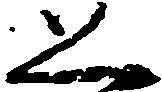
恐